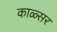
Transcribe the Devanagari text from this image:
काळ्सर